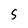
Character: S